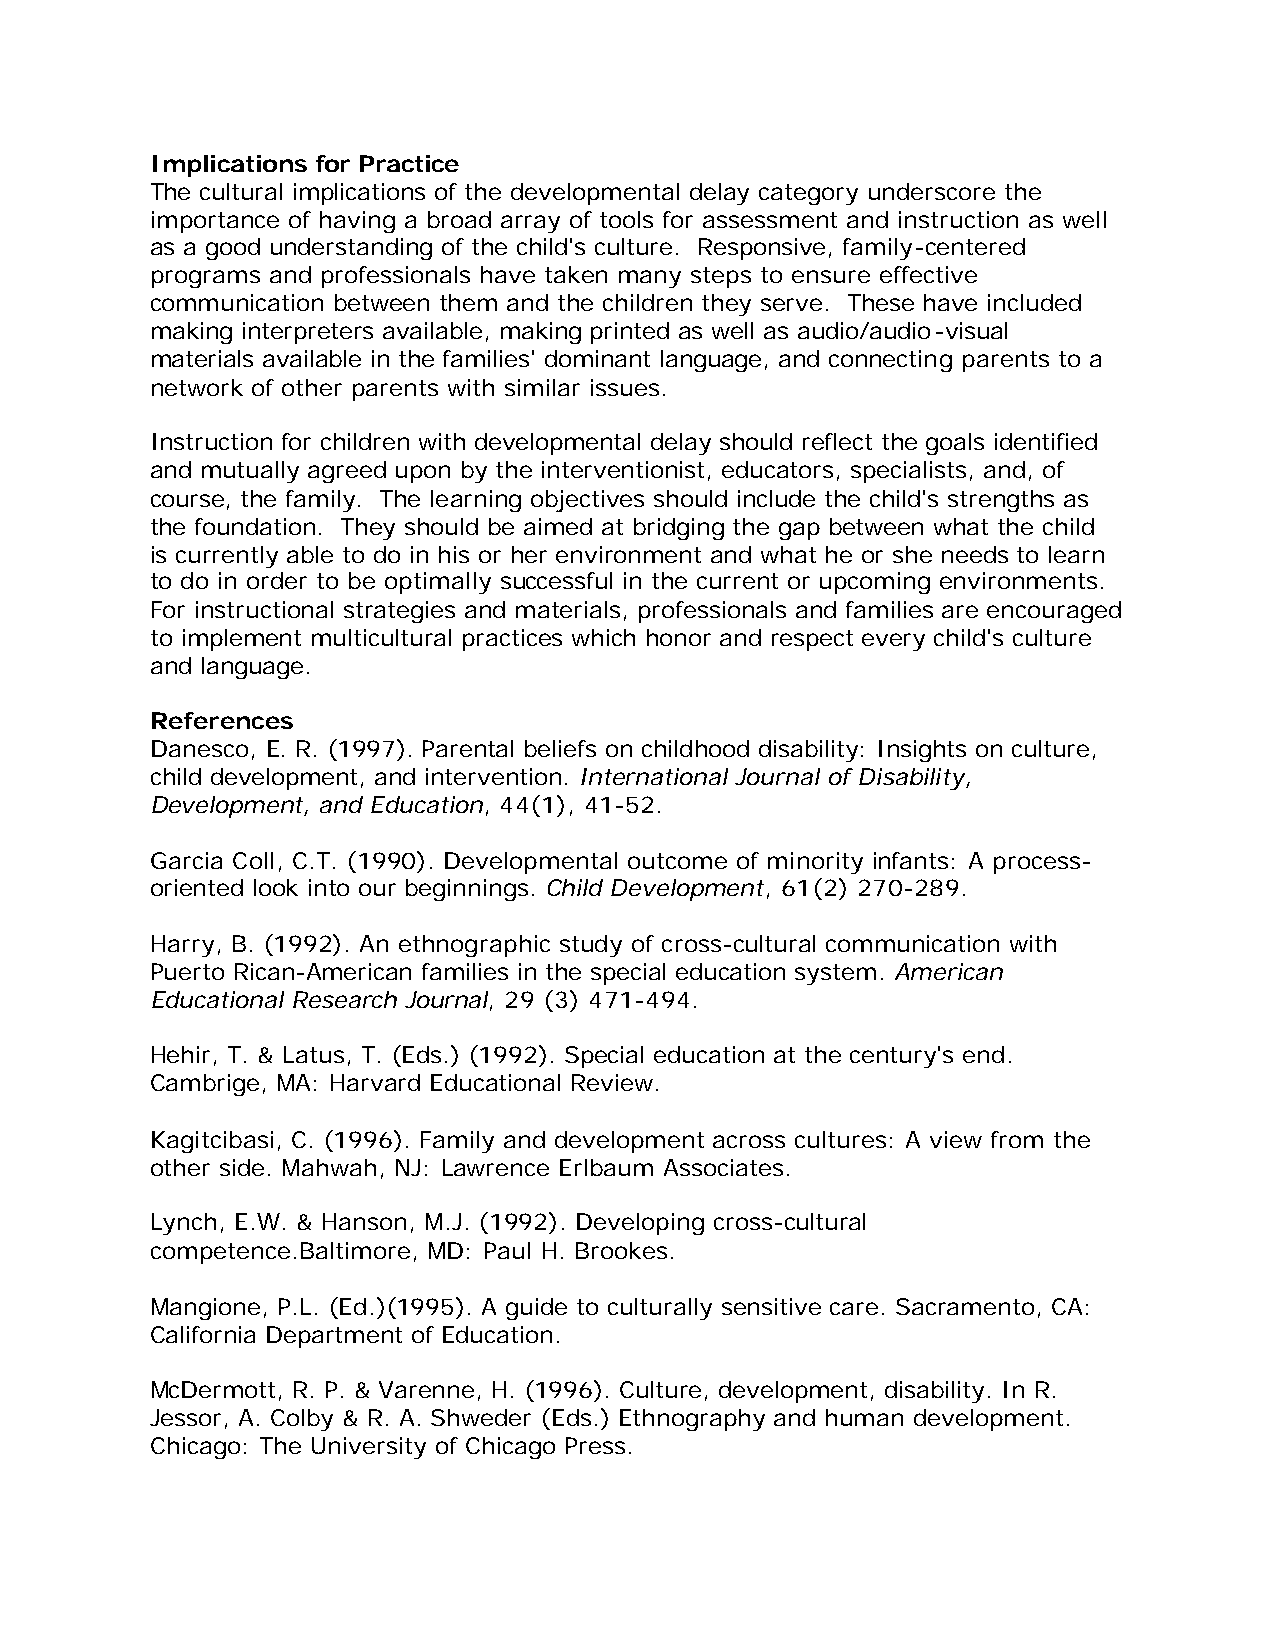
Implications for Practice
 The cultural implications of the developmental delay category underscore the
 importance of having a broad array of tools for assessment and instruction as well
 as a good understanding of the child's culture. Responsive, family-centered
 programs and professionals have taken many steps to ensure effective
 communication between them and the children they serve. These have included
 making interpreters available, making printed as well as audio/audio-visual
 materials available in the families' dominant language, and connecting parents to a
 network of other parents with similar issues.
 Instruction for children with developmental delay should reflect the goals identified
 and mutually agreed upon by the interventionist, educators, specialists, and, of
 course, the family. The learning objectives should include the child's strengths as
 the foundation. They should be aimed at bridging the gap between what the child
 is currently able to do in his or her environment and what he or she needs to learn
 to do in order to be optimally successful in the current or upcoming environments.
 For instructional strategies and materials, professionals and families are encouraged
 to implement multicultural practices which honor and respect every child's culture
 and language.
 References
 Danesco, E. R. (1997). Parental beliefs on childhood disability: Insights on culture,
 child development, and intervention. International Journal of Disability,
 Development, and Education, 44(1), 41-52.
 Garcia Coll, C.T. (1990). Developmental outcome of minority infants: A process-
 oriented look into our beginnings. Child Development, 61(2) 270-289.
 Harry, B. (1992). An ethnographic study of cross-cultural communication with
 Puerto Rican-American families in the special education system. American
 Educational Research Journal, 29 (3) 471-494.
 Hehir, T. & Latus, T. (Eds.) (1992). Special education at the century's end.
 Cambrige, MA: Harvard Educational Review.
 Kagitcibasi, C. (1996). Family and development across cultures: A view from the
 other side. Mahwah, NJ: Lawrence Erlbaum Associates.
 Lynch, E.W. & Hanson, M.J. (1992). Developing cross-cultural
 competence.Baltimore, MD: Paul H. Brookes.
 Mangione, P.L. (Ed.)(1995). A guide to culturally sensitive care. Sacramento, CA:
 California Department of Education.
 McDermott, R. P. & Varenne, H. (1996). Culture, development, disability. In R.
 Jessor, A. Colby & R. A. Shweder (Eds.) Ethnography and human development.
 Chicago: The University of Chicago Press.